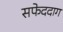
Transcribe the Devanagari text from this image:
सफेददाग